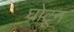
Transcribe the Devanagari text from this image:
घोटून